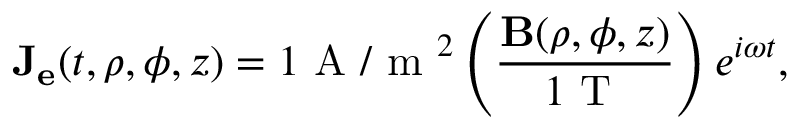
\mathbf { J _ { e } } ( t , \rho , \phi , z ) = 1 \mathrm { ~ A ~ / ~ m ~ } ^ { 2 } \left( \frac { \mathbf { B } ( \rho , \phi , z ) } { 1 \mathrm { ~ T ~ } } \right) e ^ { i \omega t } ,